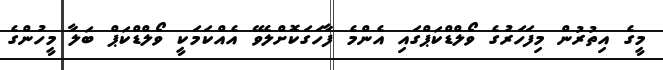
މީގެ އިތުރުން މިފަހަރުގެ ވޯލްޑްކަޕްގައި އެންމެ ފާހަގަކޮށްލެވޭ އެއްކަމަކީ ވޯލްޑްކަޕް ބަލާ މީހުންގެ